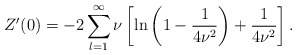
\begin{align*}Z'(0)=-2\sum_{l=1}^{\infty}\nu \left [\ln\left (1-\frac{1}{4\nu^2}\right )+\frac{1}{4\nu^2}\right ]{.}\end{align*}